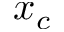
x _ { c }